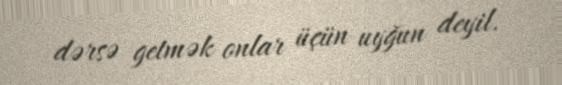
dərsə getmək onlar üçün uyğun deyil.